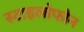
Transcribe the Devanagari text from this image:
स्टाइलोफोन